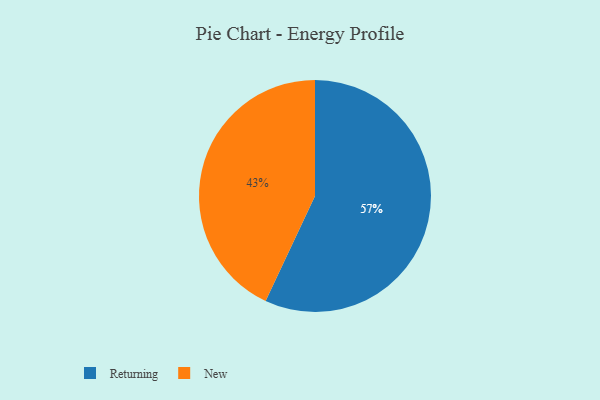
{"axis": {"x": "Category", "y": "Percentage"}, "legend": ["New", "Returning"], "data": [{"x": "New", "y": 43, "type": "New"}, {"x": "Returning", "y": 57, "type": "Returning"}]}